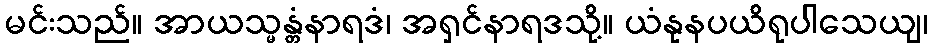
မင်းသည်။ အာယသ္မန္တံနာရဒံ၊ အရှင်နာရဒသို့။ ယံနုနပယိရုပါသေယျ၊